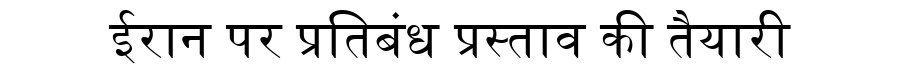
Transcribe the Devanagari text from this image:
ईरान पर प्रतिबंध प्रस्ताव की तैयारी